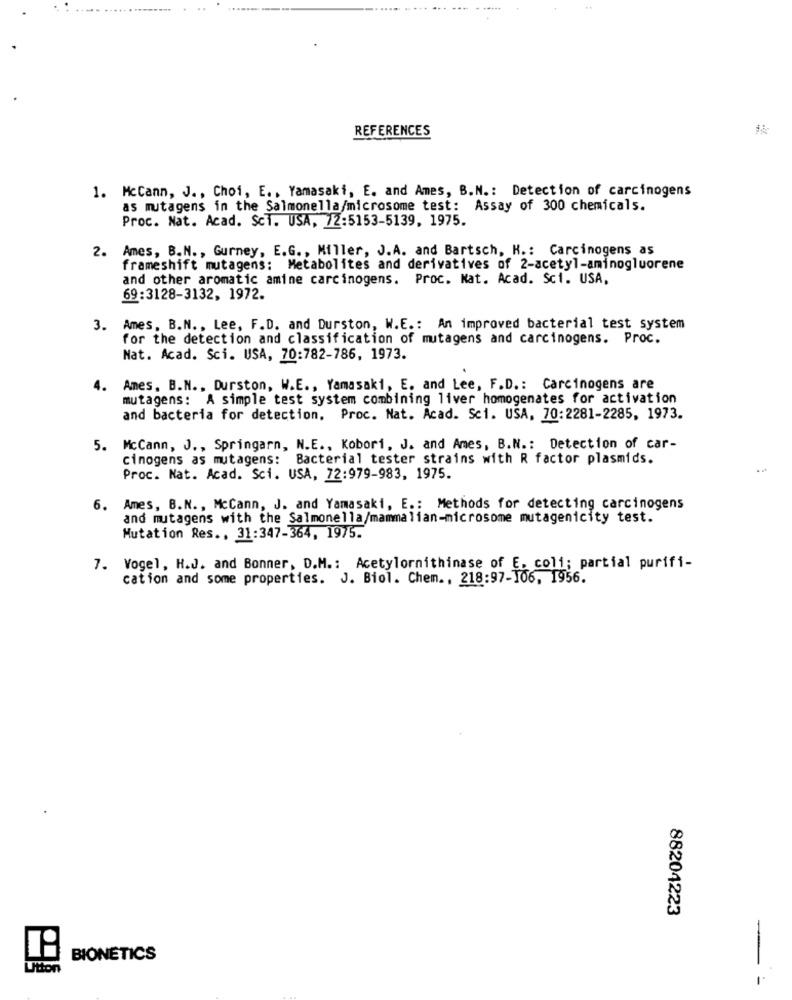
REFERENCES
1. McCann, J ., Choi, E .. Yamasaki, E. and Ames, B.N .: Detection of carcinogens
as mutagens in the Salmonella/microsome test: Assay of 300 chemicals.
Proc. Nat. Acad. ScT. USA, 72:5153-5139, 1975.
2. Ames, B.N ., Gurney, E.G ., Miller, J.A. and Bartsch, H .: Carcinogens as
frameshift mutagens: Metabolites and derivatives of 2-acetyl-aminogluorene
and other aromatic amine carcinogens. Proc. Nat. Acad. Sc1. USA,
69:3128-3132, 1972.
3. Ames, B.N ., Lee, F.D. and Durston, W.E .: An improved bacterial test system
for the detection and classification of mutagens and carcinogens. Proc.
Nat. Acad. Sci. USA, 70:782-786, 1973.
4. Ames. B.N ., Durston, W.E ., Yamasaki, E. and Lee, F.D .: Carcinogens are
mutagens: A simple test system combining liver homogenates for activation
and bacteria for detection. Proc. Nat. Acad. Sci. USA, 70: 2281-2285, 1973.
5. McCann, J ., Springarn, N.E ., Kobori, J. and Ames, B.N .: Detection of car-
cinogens as mutagens: Bacterial tester strains with R factor plasmids.
Proc. Nat. Acad. Sci. USA, 72:979-983, 1975.
6. Ames, B.N ., McCann, J. and Yamasaki, E .: Methods for detecting carcinogens
and mutagens with the Salmonella/mammalian-microsome mutagenicity test.
Mutation Res ., 31:347-364, 1975.
7. Vogel, H.J. and Bonner, D.M .: Acetylornithinase of E. coli; partial purifi-
cation and some properties. J. Biol. Chem ., 218:97-106, 1956.
88204223
BIONETICS
Utton
- -